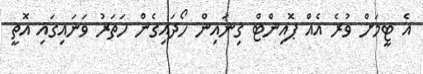
އެ ޓީމަށް ވުރެ އެއް ޕޮއިންޓް ގިނައިން ހޯދައިގެން ހަތަރު ވަނައިގައި އޮތީ